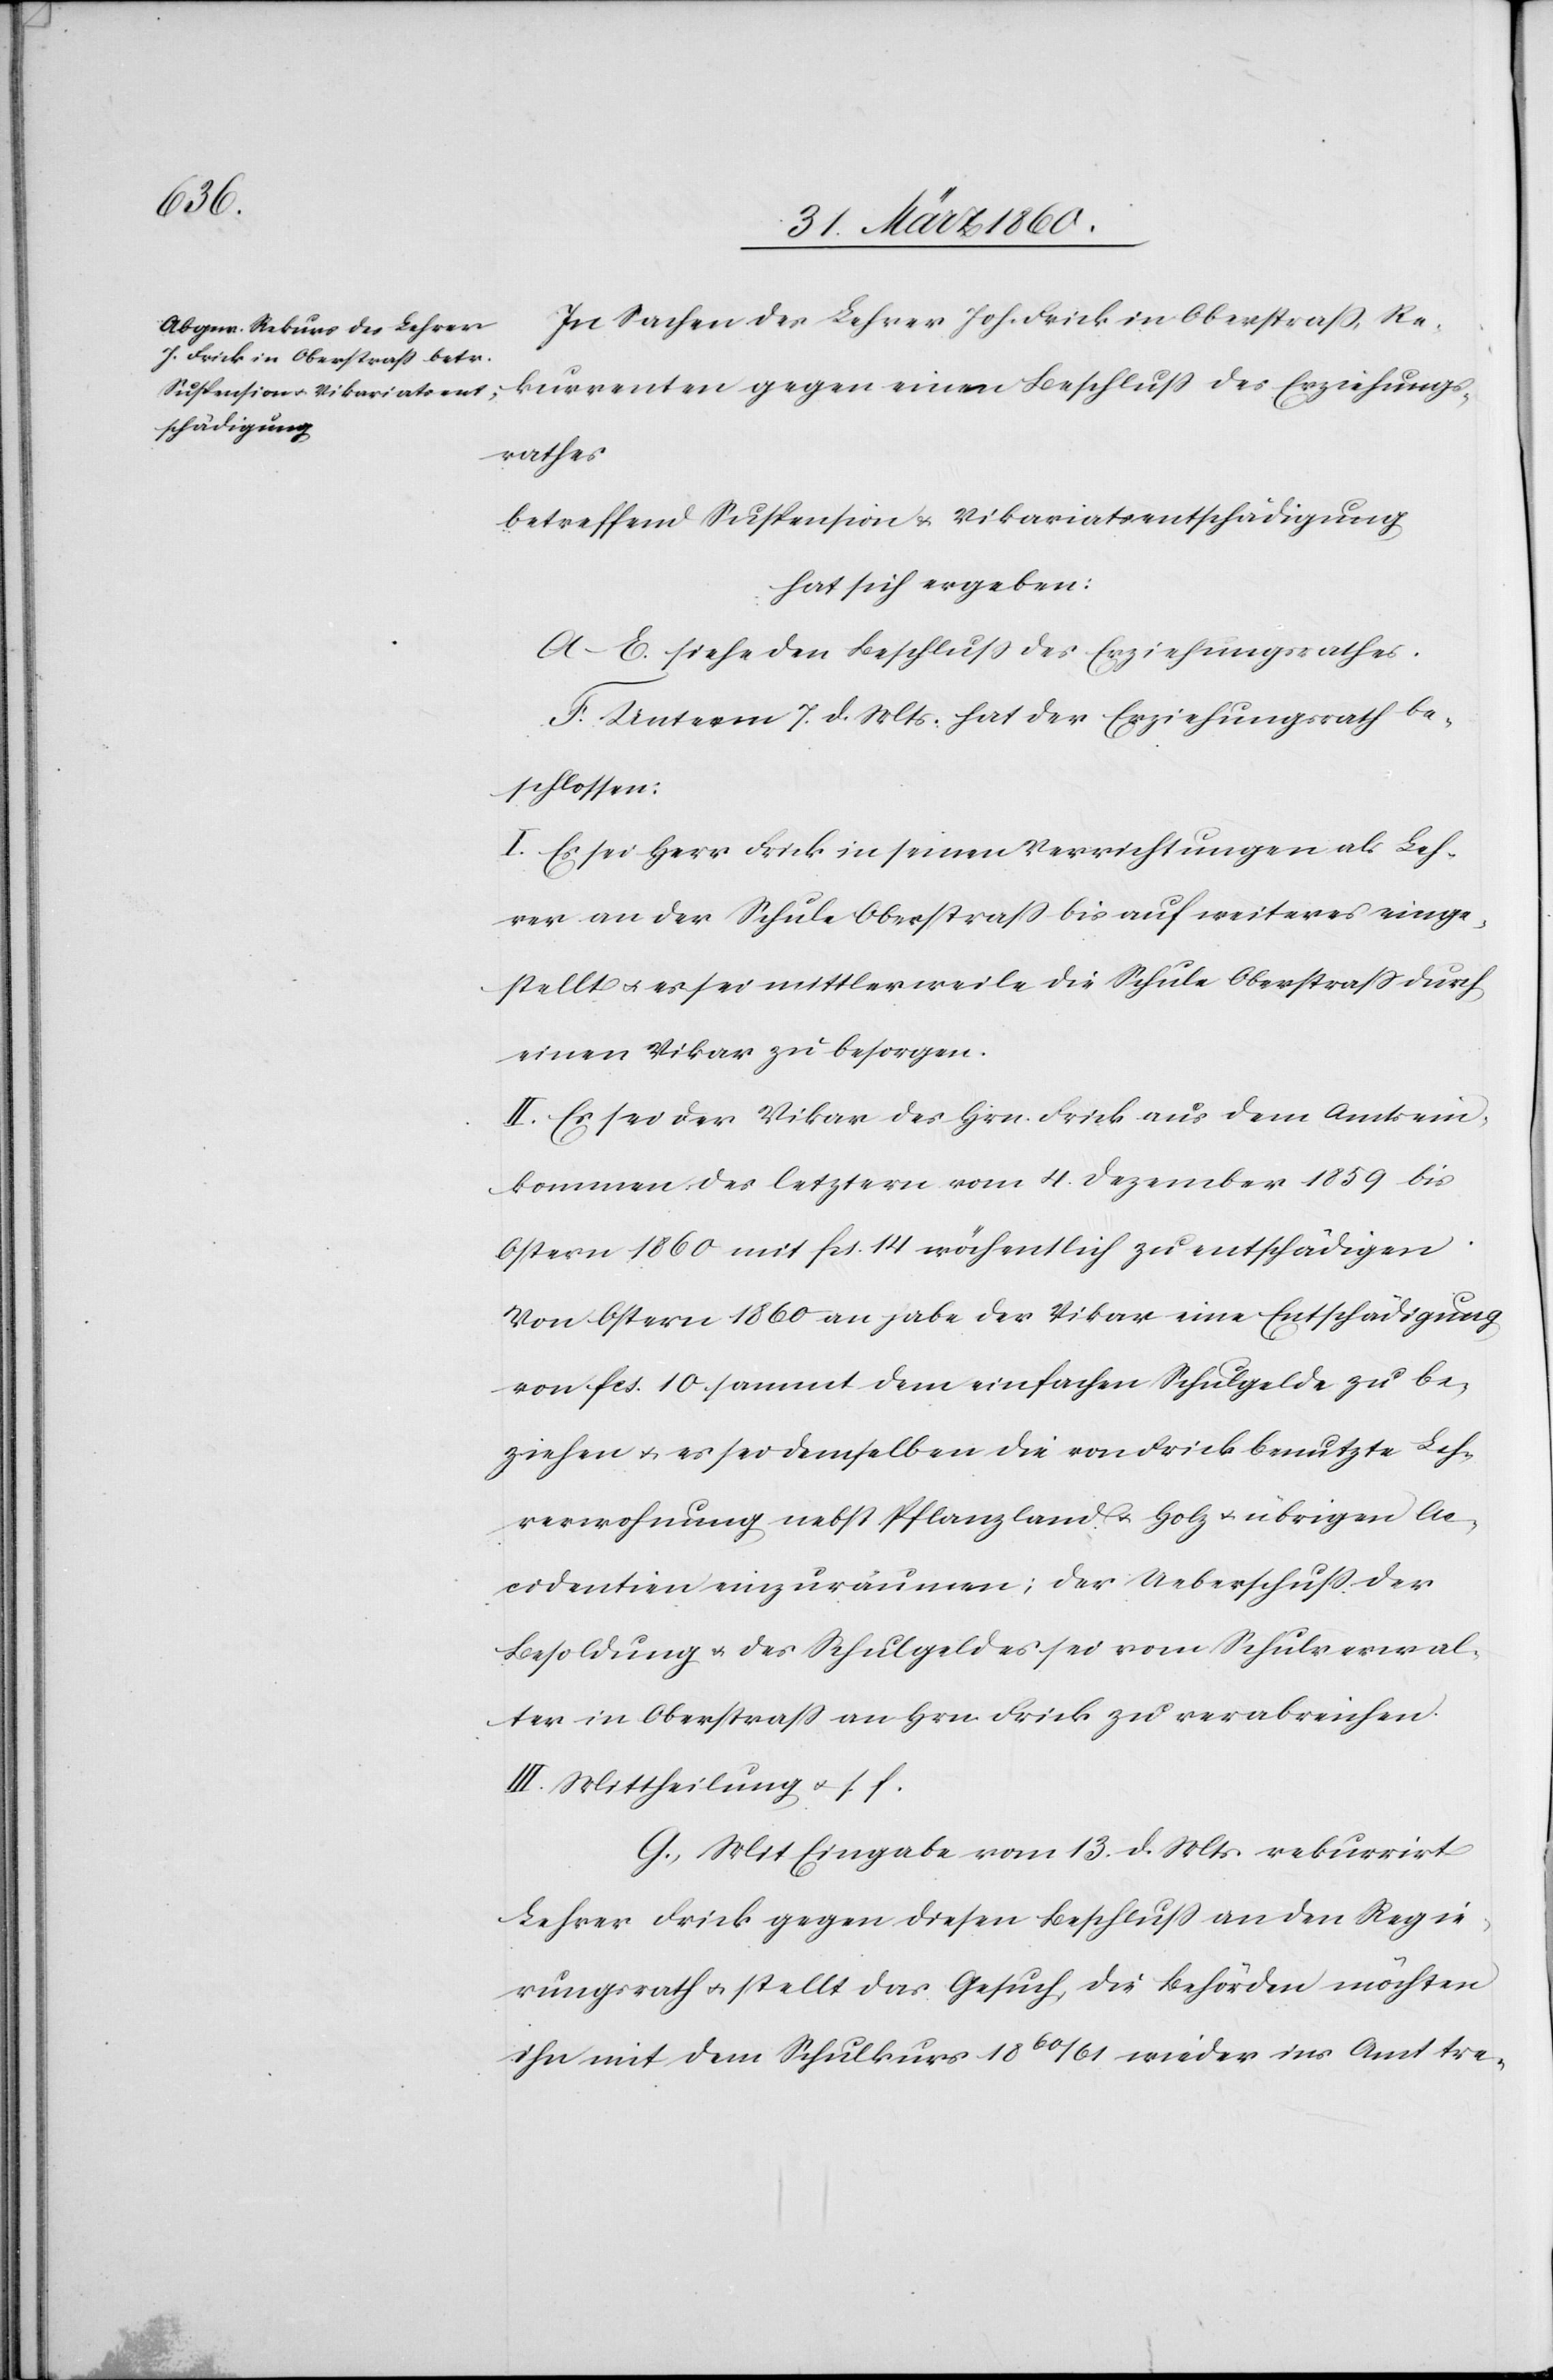
In Sachen des Lehrer Joh. Frick in Oberstrass, Re¬
kurrenten gegen einen Beschluss des Erziehungs¬
rathes
betreffend Suspension u. Vikariatsentschädigung
hat sich ergeben:
A.–E. siehe den Beschluss des Erziehungsrathes.
F. Unterm 7. d. Mts. hat der Erziehungsrath be¬
schlossen:
I. Es sei Herr Frick in seinen Verrichtungen als Leh¬
rer an der Schule Oberstrass bis auf weiteres einge¬
stellt u. es sei mittlerweile die Schule Oberstrass durch
einen Vikar zu besorgen.
II. Es sei der Vikar des Hrn. Frick aus dem Amtsein¬
kommen des letztern vom 4. Dezember 1859 bis
Oster 1860 mit fcs. 14 wöchentlich zu entschädigen.
Von Ostern 1860 an habe der Vikar eine Entschädigung
von fcs. 10. sammt dem einfachen Schulgelde zu be¬
ziehen u. es sei demselben die von Frick benutzte Leh¬
rerwohnung nebst Pflanzland u. Holz u. übrigen Ac¬
cidentien einzuräumen; der Ueberschuss der
Besoldung u. des Schulgeldes sei vom Schulverwal¬
ter in Oberstrass an Hrn. Frick, zu verabreichen.
III. Mittheilung u. s. f.
G. Mit Eingabe vom 13. d. Mts. rekurrirt
Lehrer Frick gegen diesen Beschluss an den Regie¬
rungsrath u. stellt das Gesuch, die Behörden möchten
ihn mit dem Schulkurs 1860/61 wieder ins Amt tre-